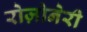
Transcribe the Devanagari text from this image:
रोज़ोनेरी